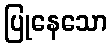
ပြုနေသော